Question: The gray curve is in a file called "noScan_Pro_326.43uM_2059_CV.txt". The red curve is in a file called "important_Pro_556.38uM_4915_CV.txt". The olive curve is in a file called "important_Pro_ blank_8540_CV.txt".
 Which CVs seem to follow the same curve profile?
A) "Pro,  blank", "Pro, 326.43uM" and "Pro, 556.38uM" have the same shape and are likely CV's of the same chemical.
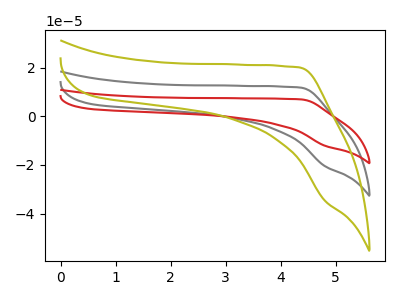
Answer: <think>The gray curve "Pro, 326.43uM" has no peaks. The red curve "Pro, 556.38uM" has no peaks. The olive curve "Pro,  blank" has no peaks.
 Neither "Pro, 326.43uM" or "Pro, 556.38uM" have any peaks. Neither "Pro, 326.43uM" or "Pro,  blank" have any peaks. Neither "Pro, 556.38uM" or "Pro,  blank" have any peaks.</think>
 <answer>A) "Pro,  blank", "Pro, 326.43uM" and "Pro, 556.38uM" have the same shape and are likely CV's of the same chemical.</answer>
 <eval>A</eval>